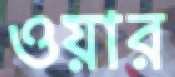
ওয়ার